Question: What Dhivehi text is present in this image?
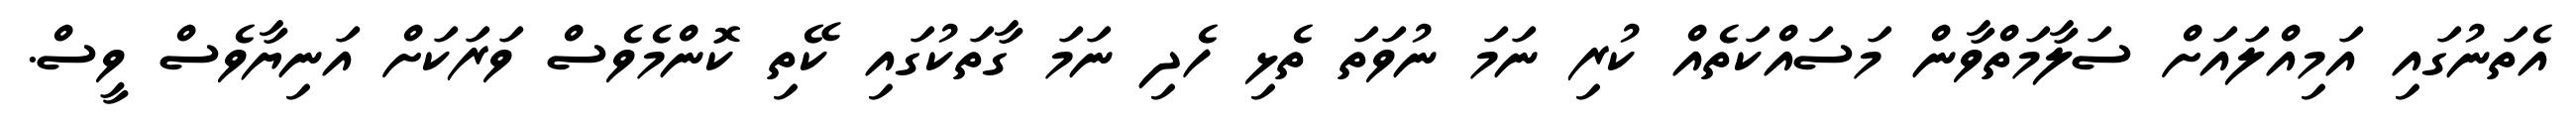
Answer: އެތަނުގައި އަމިއްލައަށް ސަލާމަތްވާން މަސައްކަތެއް ކުރި ނަމަ ނުވަތަ ތެޅި ހެދި ނަމަ ގާތަކުގައި ކޭތި ކޮންމެވެސް ވަރަކަށް އަނިޔާވެސް ވީސް.